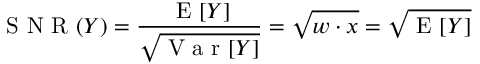
\textrm { S N R } ( Y ) = \frac { \textrm { E } [ Y ] } { \sqrt { \textrm { V a r } [ Y ] } } = \sqrt { w \cdot x } = \sqrt { \textrm { E } [ Y ] }